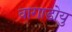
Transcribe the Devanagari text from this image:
वागाडोयु